Rongu_vallavalitsus, lk 3
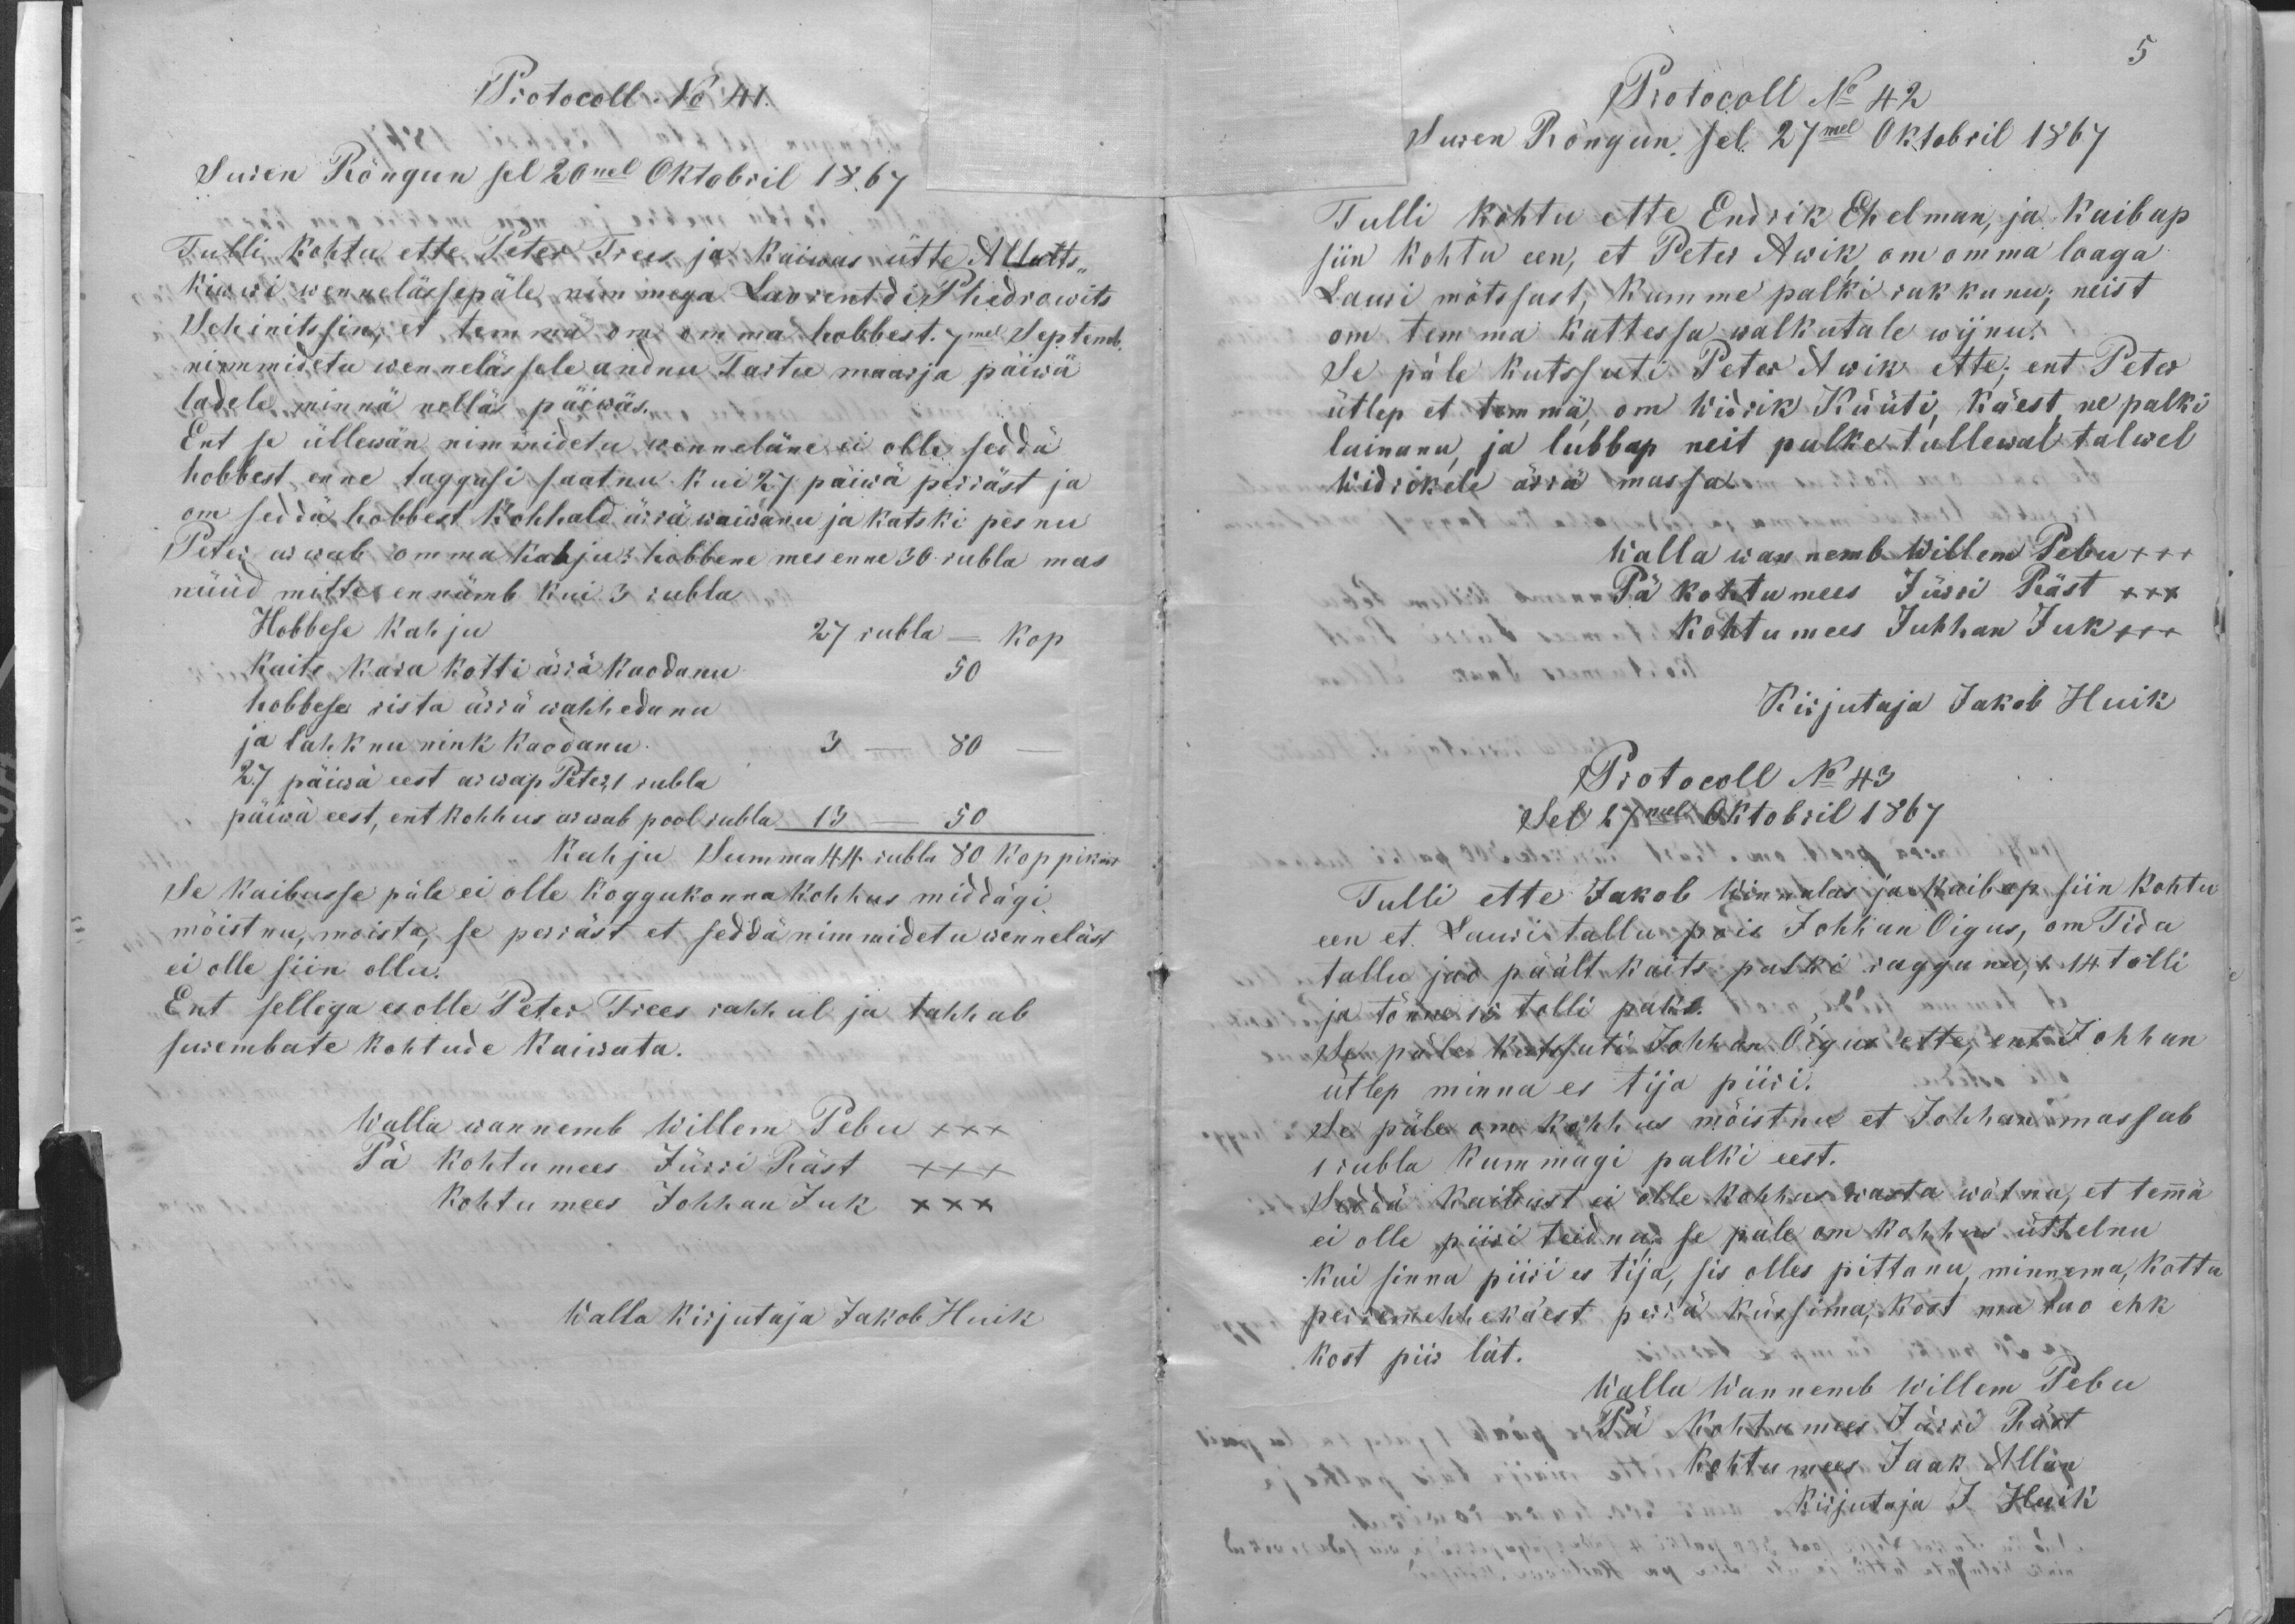
Protocoll No 41.
Suren Rõngun sel 20nel Oktobril 1867
Tulli kohtu ette Peter Trees ja kaiwas Allats-
kiwwi wennelässepäle nimmega Lavrentdi Phedrowits
Schinitsin, et temma om omma hobbest 7mel Septemb.
nimmidetu wennelässele andnu Tartu maarja päiwä
ladele minnä nelläs päiwäs.
Ent se üllewän nimmidetu wenneläne ei olle seddä
hobbest, enne taggasi saatnu kui 27 päiwa perräst ja
om sedda hobbest kohhald ärrä waiwanu ja katski pesnu
Peter arwab omma kahju: hobbene mes enne 30 rubla mas
nüüd mitte en nämb kui 3 rubla
Hobbese kahju
27 rubla - kop
kaits kara kotti ärrä kaodanu
50
hobbese rista ärrä wahhedanu
ja lahknu nink kaodanu.
3 - 80 -
27 päiwä eest arwap Peter 1 rubla
päiwä eest, ent kohhus arwab pool rubla 13 - 50
Kahju Summa 44 rubla 80 koppikat
Se kaibusse päle ei olle koggukonnakohhus middägi
mõistnu, moista, se perrast et seddä nimmidetu wenneläst
ei olle siin ollu.
Ent sellega ei olle Peter Trees rahhul ja tahhab
surembate kohtude kaiwata.
Walla wannemb Willem Pebu XXX
Pä kohtumees Jürri Räst XXX
Kohtu mees Johann Juk XXX
Walla kirjutaja Jakob Huik

5
Protokoll No 42
Suren Rõngun sel 27mel Oktobril 1867
Tulli kohtu ette Endrik Ehelman, ja kaibap
siin kohtu een, et Peter Awik, om omma loaga
Lauri mõtssast, kumme palki rakkunu; neist
om tem ma kattessa walkutale wijnu.
Se päle kutssuti Peter Awik ette; ent Peter
ütlep et temmä, om Widrik Küüti, käest, ne palki
lainanu, ja lubbap neit palke tullewal talwel
Widrikele ärrä massa.
Walla wannemb Willem Pebu XXX
Pä kohtumees Jürri Räst XXX
Kohtu mees Juhhan Juk XXX
Kirjutaja Jakob Huik
Protocoll No 43
Sel 17mel Oktobril 1867
Tulli ette Jakob Winnalas ja kaibap siin kohtu
een et Lauri tallu pois Johhan Oigus, om Tida
tallu jao päält kaits palki raggunu, 1 14 tolli
ja tõnne 15 tolli paks.
Mis päle kutsuti Johhan Õigus ette, ent Johhan
ütlep minna ei tija piiri.
Se päle om kohhus mõistnu et Johhan massab
1 rubla kummagi palki eest.
Seddä kaibtust ei olle kohhus wasta wõtnu, et temmä
ei olle piiri teidnud; se päle om kohhus üttelnu
lui sinna piiri es tija, sis olles pittanu minnema, kottu
peremehhe käest perrä küssima, kost ma rao ehk
kost piir lät.
Walla Wannemb Willem Pebu
Pä kohtumees Jürri Räst
kohtumees Jaak Allan
Kirjutaja J. Huik